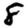
Digit: 8